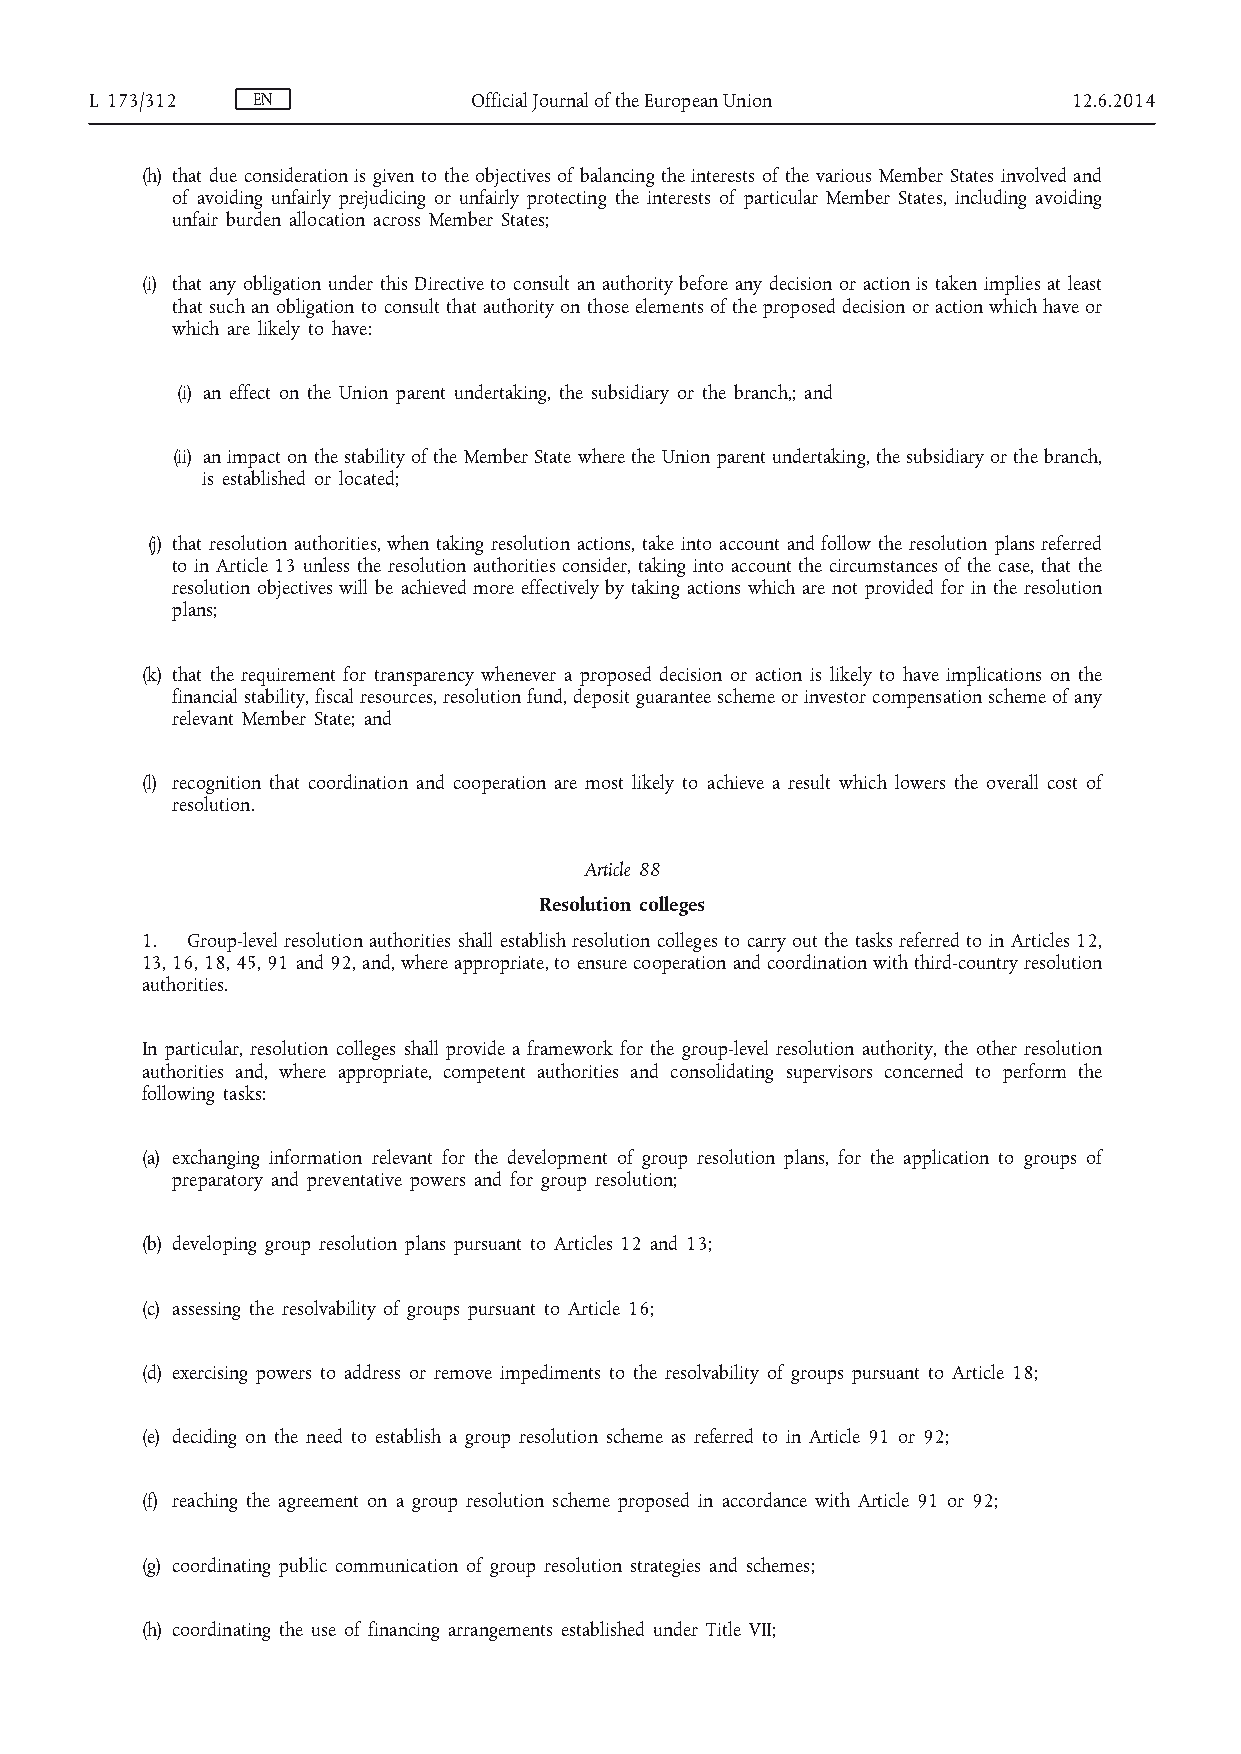
L 173/312  EN            Official Journal of the European Union  12.6.2014
 (h) that due consideration is given to the objectives of balancing the interests of the various Member States involved and
 of avoiding unfairly prejudicing or unfairly protecting the interests of particular Member States, including avoiding
 unfair burden allocation across Member States;
 (i) that any obligation under this Directive to consult an authority before any decision or action is taken implies at least
 that such an obligation to consult that authority on those elements of the proposed decision or action which have or
 which are likely to have:
 (i) an effect on the Union parent undertaking, the subsidiary or the branch,; and
 (ii) an impact on the stability of the Member State where the Union parent undertaking, the subsidiary or the branch,
 is established or located;
 (j) that resolution authorities, when taking resolution actions, take into account and follow the resolution plans referred
 to in Article 13 unless the resolution authorities consider, taking into account the circumstances of the case, that the
 resolution objectives will be achieved more effectively by taking actions which are not provided for in the resolution
 plans;
 (k) that the requirement for transparency whenever a proposed decision or action is likely to have implications on the
 financial stability, fiscal resources, resolution fund, deposit guarantee scheme or investor compensation scheme of any
 relevant Member State; and
 (l) recognition that coordination and cooperation are most likely to achieve a result which lowers the overall cost of
 resolution.
 Article 88
 Resolution colleges
 1. Group-level resolution authorities shall establish resolution colleges to carry out the tasks referred to in Articles 12,
 13, 16, 18, 45, 91 and 92, and, where appropriate, to ensure cooperation and coordination with third-country resolution
 authorities.
 In particular, resolution colleges shall provide a framework for the group-level resolution authority, the other resolution
 authorities and, where appropriate, competent authorities and consolidating supervisors concerned to perform the
 following tasks:
 (a) exchanging information relevant for the development of group resolution plans, for the application to groups of
 preparatory and preventative powers and for group resolution;
 (b) developing group resolution plans pursuant to Articles 12 and 13;
 (c) assessing the resolvability of groups pursuant to Article 16;
 (d) exercising powers to address or remove impediments to the resolvability of groups pursuant to Article 18;
 (e) deciding on the need to establish a group resolution scheme as referred to in Article 91 or 92;
 (f) reaching the agreement on a group resolution scheme proposed in accordance with Article 91 or 92;
 (g) coordinating public communication of group resolution strategies and schemes;
 (h) coordinating the use of financing arrangements established under Title VII;